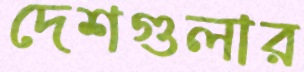
দেশগুলার